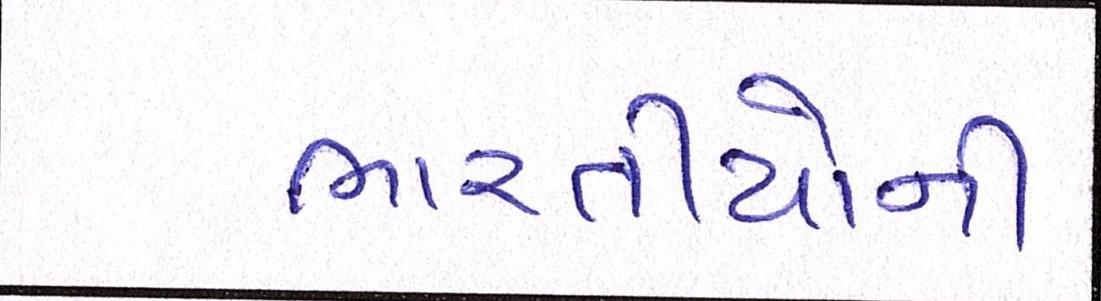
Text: ભારતીયોની